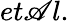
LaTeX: et\mathscr{A}l.